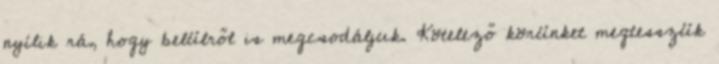
nyílik rá, hogy belülről is megcsodáljuk. Kötelező körünket megtesszük